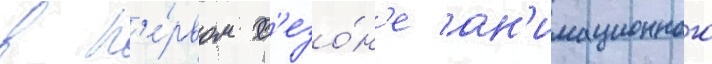
в п'е́рвом с'езо́н'е ан'имационного